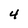
Character: 4